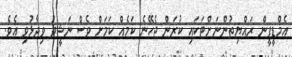
އެމްޑީޕީން ރައްޔިތުންނަށްޓަކައި ކުރަން ޖެހޭނެ ކަމެއް ކަމަށް ވެސް ނަޝީދު ވިދާޅުވި އެވެ.